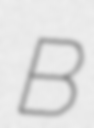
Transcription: B